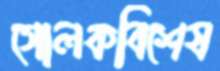
গোলকবিশেষ